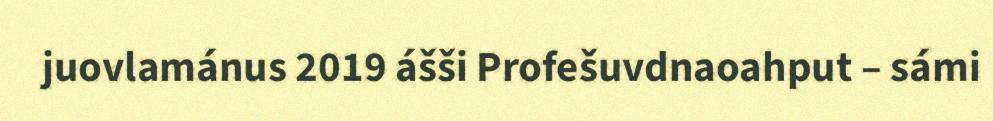
juovlamánus 2019 ášši Profešuvdnaoahput – sámi